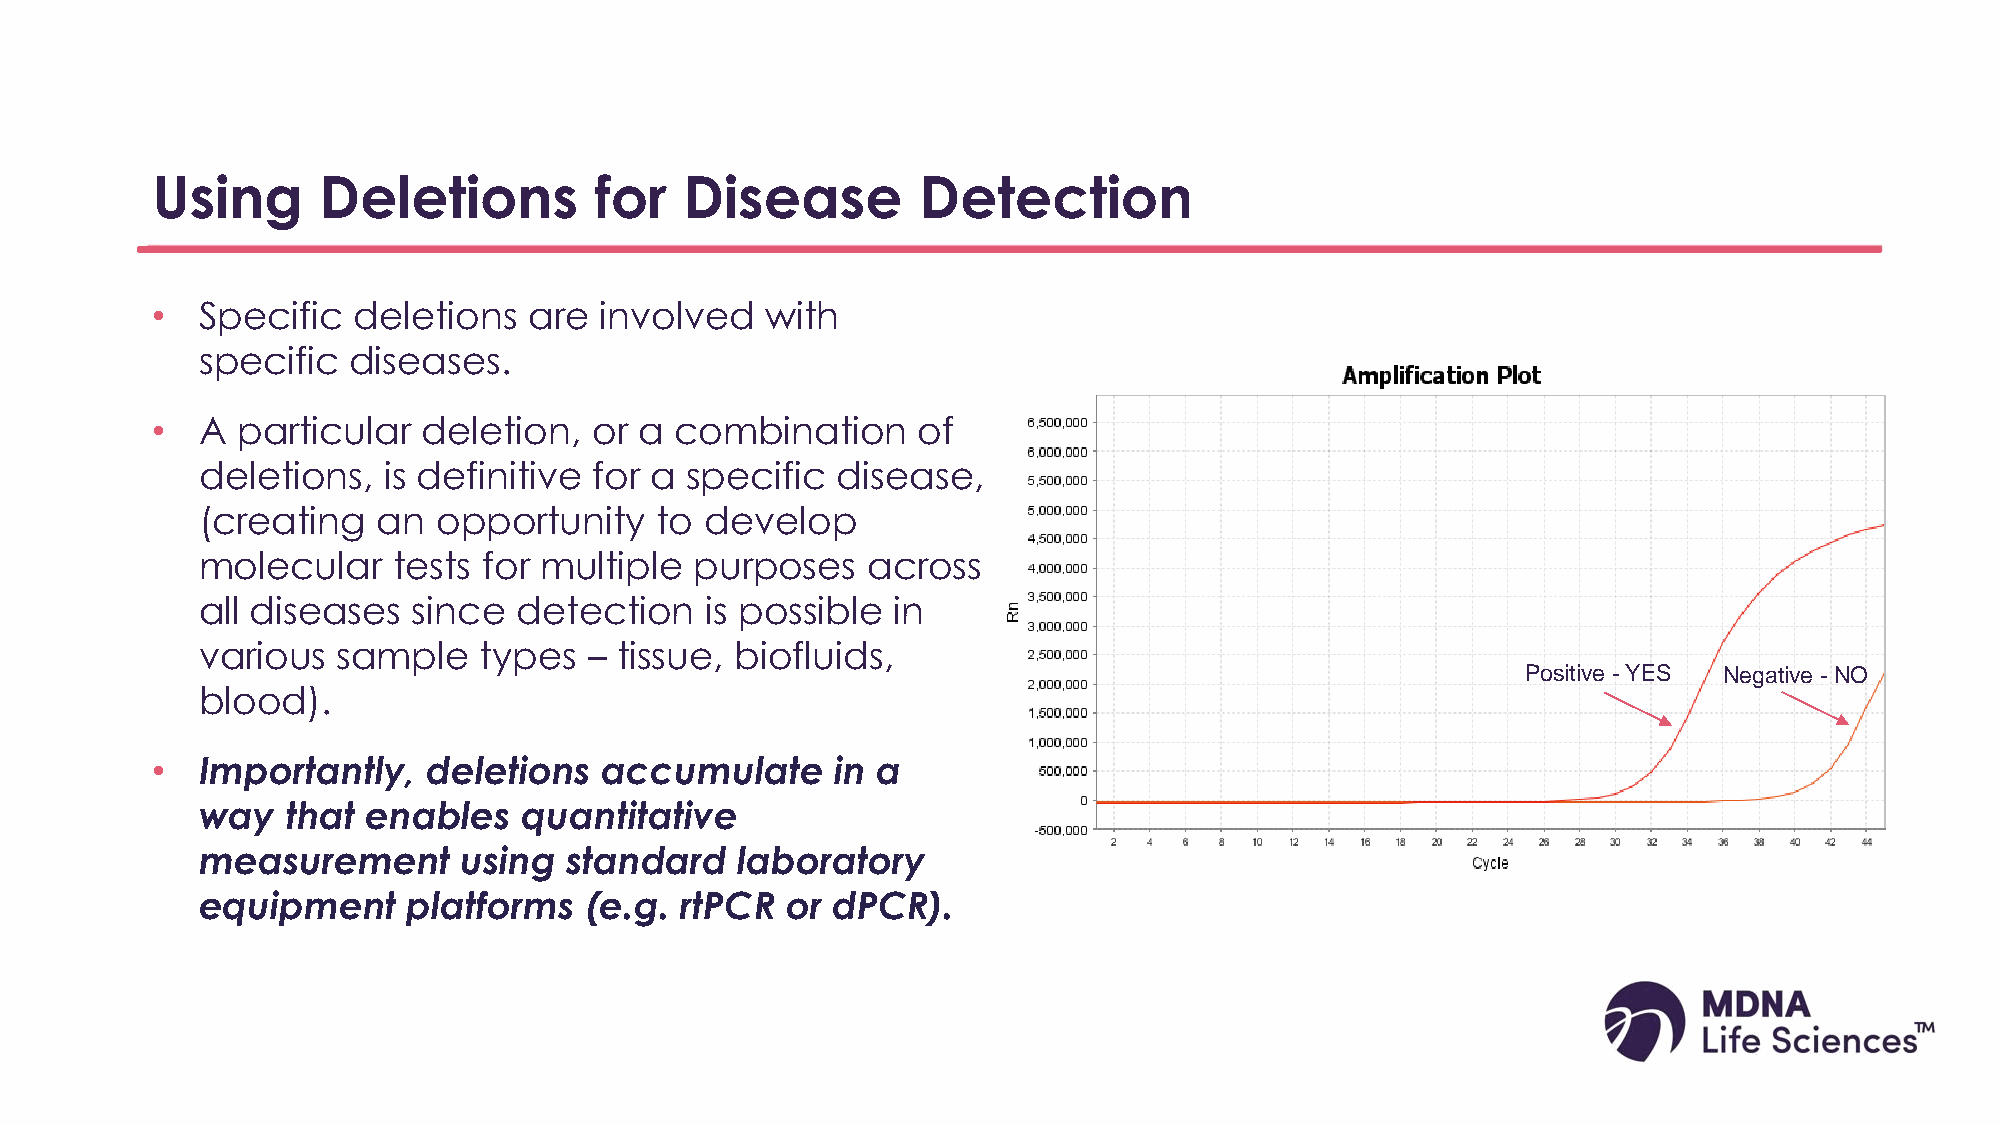
Using      Deletions         for   Disease         Detection
 •  Specific  deletions   are  involved   with
 specific  diseases.
 •  A  particular  deletion,  or a  combination     of
 deletions,  is definitive for a specific  disease,
 (creating   an  opportunity   to  develop
 molecular    tests for multiple  purposes   across
 all diseases  since  detection    is possible in
 various  sample    types  – tissue, biofluids,
 Positive -YES Negative - NO
 blood).
 •  Importantly,   deletions   accumulate     in a
 way   that enables    quantitative
 measurement       using  standard   laboratory
 equipment     platforms   (e.g. rtPCR  or dPCR).